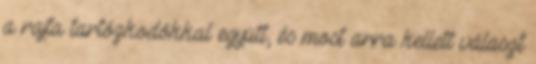
a rajta tartózkodókkal együtt, és most arra kellett választ